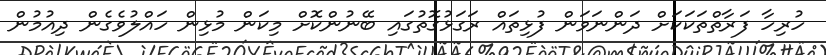
ހުރިހާ ފަރާތްތަކަކަށް ދަންނަވަން ފުޅިތައް ރަގަޅުގޮތުގައި ބޭނުންކޮށް މިކަން މުޅިން ހައްލުވެގެން ދިއުމުން